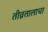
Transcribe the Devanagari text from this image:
तीव्रतालाचा